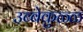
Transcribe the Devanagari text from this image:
उब्बेकुळ्ळ